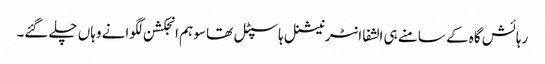
رہائش گاہ کے سامنے ہی الشفا انٹرنیشنل ہاسپٹل تھا سو ہم انجکشن لگوانے وہاں چلے گئے۔